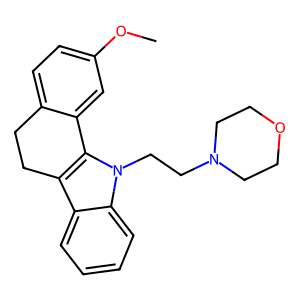
SMILES: COc1ccc2c(c1)-c1c(c3ccccc3n1CCN1CCOCC1)CC2
Inhibits HIV replication: No